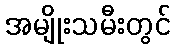
အမျိုးသမီးတွင်